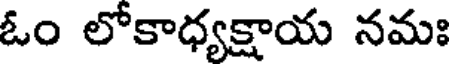
ఓం లోకాధ్యక్షాయ నమః